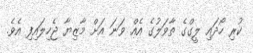
ކުރި ހޯދައި ލީގްގެ ތާވަލުގެ އެއް ވަނަ އަށް މާޒިޔާ ޖެހިލައިފި އެވެ.